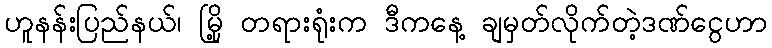
ဟူနန်းပြည်နယ်၊ မြို့ တရားရုံးက ဒီကနေ့ ချမှတ်လိုက်တဲ့ဒဏ်ငွေဟာ